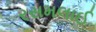
રસમલાઈ